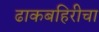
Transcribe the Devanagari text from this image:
ढाकबहिरीचा